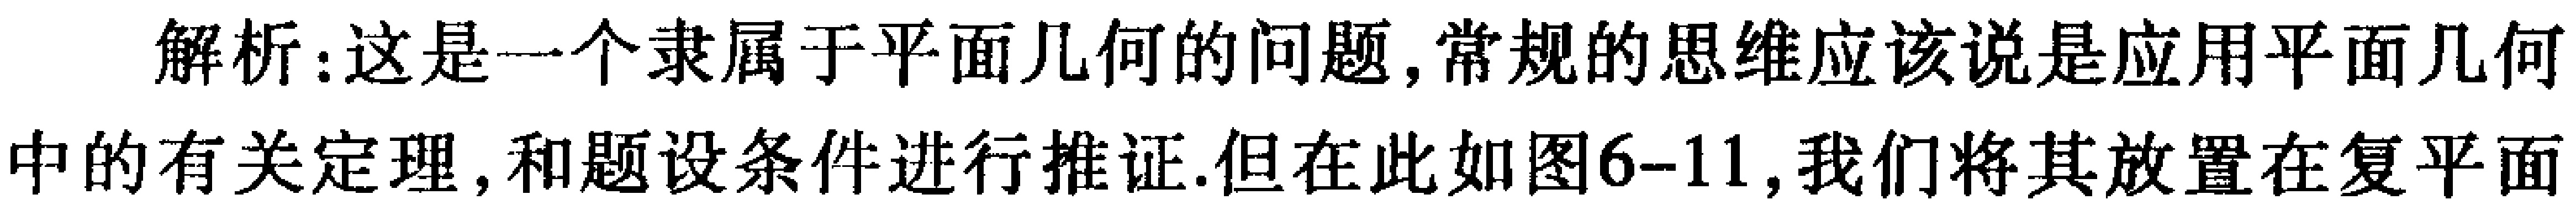
解析：这是一个隶属于平面几何的问题, 常规的思维应该说是应用平面几何中的有关定理, 和题设条件进行推证.但在此如图6-11, 我们将其放置在复平面